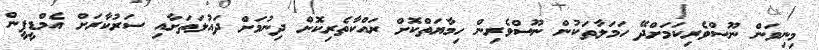
މިނިވަން ނޫސްވެރިކަމަށްދޭ ހަމަލާތަކުން ނޫސްވެރިން ހިމާޔަތްކޮށް ރައްކާތެރިކޮށް ދިނުމަށް ދައުލަތަށާއި ސަރުކާރަށް އެމްޑީޕީން